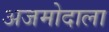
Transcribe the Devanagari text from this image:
अजमोदाला